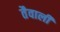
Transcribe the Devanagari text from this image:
तैवाली